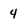
Character: 4